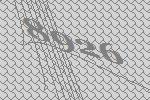
8926